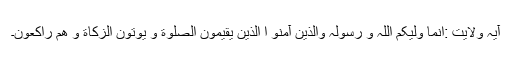
آیۂ ولایت :انما ولیکم اللہ و رسولہ والذین آمنو ا الذین یقیمون الصلوة و یوتون الزکاة و ھم راکعون۔